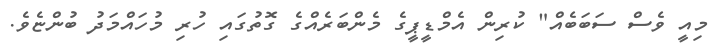
މިއީ ވެސް ސަބަބެއް" ކުރިން އެމްޑީޕީގެ މެންބަރެއްގެ ގޮތުގައި ހުރި މުހައްމަދު ބުންޏެވެ.